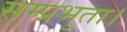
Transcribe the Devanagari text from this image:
सम्प्रभुता।